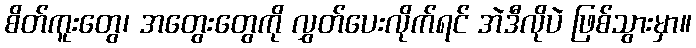
စိတ်ကူးတွေ၊ အတွေးတွေကို လွှတ်ပေးလိုက်ရင် အဲဒီလိုပဲ ဖြစ်သွားမှာ။